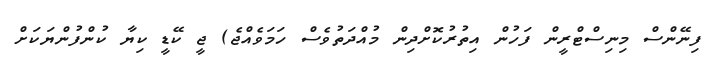
ފިނޭންސް މިނިސްޓްރީން ފަހުން އިތުރުކޮށްދިން މުއްދަތުވެސް ހަމަވެއްޖެ) ޖީ ކޭޑީ ކިޔާ ކުންފުންޔަކަށް